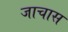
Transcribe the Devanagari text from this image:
जाचास